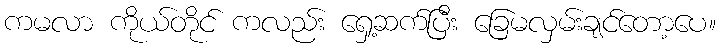
ကမလာ ကိုယ်တိုင် ကလည်း ရှေ့ဆက်ပြီး ခြေမလှမ်းချင်တော့ပေ။